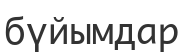
бүйымдар